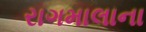
રાગમાલાના